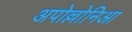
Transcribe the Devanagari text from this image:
अपोल्लोनिआ